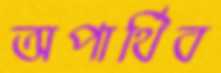
অপার্থিব